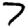
Digit: 7